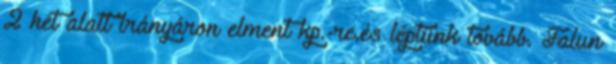
2 hét alatt irányáron elment kp.-re.és léptünk tovább. Falun